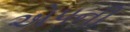
એપની